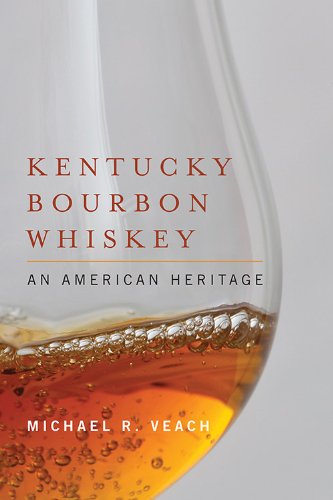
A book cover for Kentucky Bourbon Whiskey: An American Heritage; Michael Veach; Cookbooks, Food & Wine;